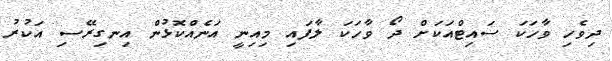
ދިވެހި ވާހަކަ ސައިޓްއަކަށް ދޯ ވާހަކަ ލާފައި މިއިނީ އަނެއްކޮޅުން އިނގިރޭސި އަކުރު